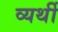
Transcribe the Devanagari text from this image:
व्‍यर्थी